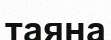
таяна